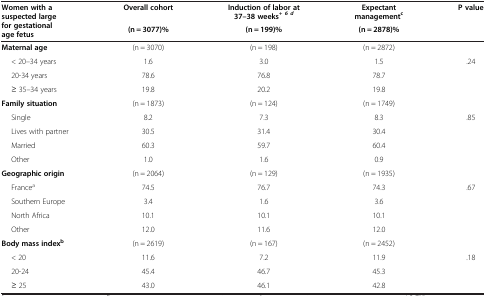
<table><thead><tr><td rowspan="2"><b>Women with a suspected large for gestational age fetus</b></td><td><b>Overall cohort</b></td><td><b>Induction of labor at 37–38 weeks<sup><i>+ 6 d</i></sup></b></td><td><b>Expectant management<sup>c</sup></b></td><td rowspan="2"><b>P value</b></td></tr><tr><td><b>(n = 3077)%</b></td><td><b>(n = 199)%</b></td><td><b>(n = 2878)%</b></td></tr></thead><tbody><tr><td><b>Maternal age</b></td><td>(n = 3070)</td><td>(n = 198)</td><td>(n = 2872)</td><td> </td></tr><tr><td>&lt; 20–34 years</td><td>1.6</td><td>3.0</td><td>1.5</td><td>.24</td></tr><tr><td>20-34 years</td><td>78.6</td><td>76.8</td><td>78.7</td><td> </td></tr><tr><td>≥ 35–34 years</td><td>19.8</td><td>20.2</td><td>19.8</td><td> </td></tr><tr><td><b>Family situation</b></td><td>(n = 1873)</td><td>(n = 124)</td><td>(n = 1749)</td><td> </td></tr><tr><td>Single</td><td>8.2</td><td>7.3</td><td>8.3</td><td>.85</td></tr><tr><td>Lives with partner</td><td>30.5</td><td>31.4</td><td>30.4</td><td> </td></tr><tr><td>Married</td><td>60.3</td><td>59.7</td><td>60.4</td><td> </td></tr><tr><td>Other</td><td>1.0</td><td>1.6</td><td>0.9</td><td> </td></tr><tr><td><b>Geographic origin</b></td><td>(n = 2064)</td><td>(n = 129)</td><td>(n = 1935)</td><td> </td></tr><tr><td>France<sup>a</sup></td><td>74.5</td><td>76.7</td><td>74.3</td><td>.67</td></tr><tr><td>Southern Europe</td><td>3.4</td><td>1.6</td><td>3.6</td><td> </td></tr><tr><td>North Africa</td><td>10.1</td><td>10.1</td><td>10.1</td><td> </td></tr><tr><td>Other</td><td>12.0</td><td>11.6</td><td>12.0</td><td> </td></tr><tr><td><b>Body mass index</b><sup><b>b</b></sup></td><td>(n = 2619)</td><td>(n = 167)</td><td>(n = 2452)</td><td> </td></tr><tr><td>&lt; 20</td><td>11.6</td><td>7.2</td><td>11.9</td><td>.18</td></tr><tr><td>20-24</td><td>45.4</td><td>46.7</td><td>45.3</td><td> </td></tr><tr><td>≥ 25</td><td>43.0</td><td>46.1</td><td>42.8</td><td> </td></tr></tbody></table>